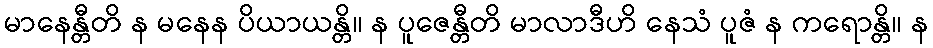
မာနေန္တီတိ န မနေန ပိယာယန္တိ။ န ပူဇေန္တီတိ မာလာဒီဟိ နေသံ ပူဇံ န ကရောန္တိ။ န